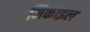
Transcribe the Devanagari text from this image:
मिकाइल